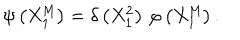
LaTeX: \psi \left( X _ { 1 } ^ { \mathrm { M } } \right) = \delta \left( X _ { 1 } ^ { 2 } \right) \, \varphi \left( X _ { 1 } ^ { \mathrm { M } } \right) .